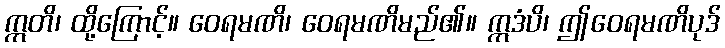
ဣတိ၊ ထို့ကြောင့်။ ဝေရမဏိ၊ ဝေရမဏိမည်၏။ ဣဒံပိ၊ ဤဝေရမဏိပုဒ်